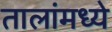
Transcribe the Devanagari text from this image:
तालांमध्ये